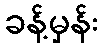
ခန့်မှန်း